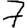
Digit: 7